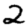
Digit: 2